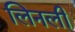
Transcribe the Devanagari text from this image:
लिनली